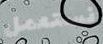
نستعمل